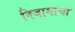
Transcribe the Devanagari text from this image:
निजामाचां